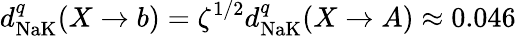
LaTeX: d_{\textrm{NaK}}^{q}(X\to b)=\zeta^{1/2}d_{\textrm{NaK}}^{q}(X\to A)\approx 0.046